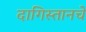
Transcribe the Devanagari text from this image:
दागिस्तानचे